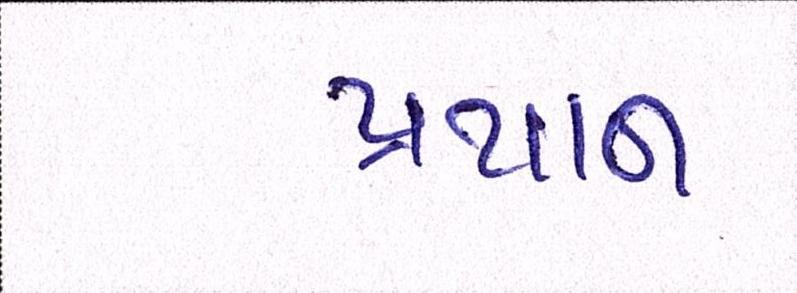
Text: પ્રથાન